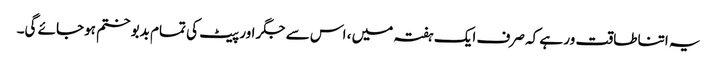
یہ اتنا طاقت ور ہے کہ صرف ایک ہفتہ میں ، اس سے جگر اور پیٹ کی تمام بدبو ختم ہوجائے گی۔